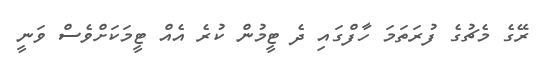
ރޭގެ މެޗުގެ ފުރަތަމަ ހާފްގައި ދެ ޓީމުން ކުރެ އެއް ޓީމަކަށްވެސް ވަނީ